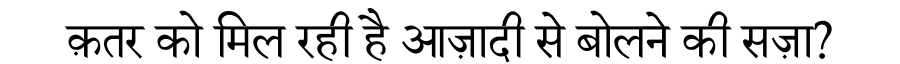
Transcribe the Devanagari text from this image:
क़तर को मिल रही है आज़ादी से बोलने की सज़ा?